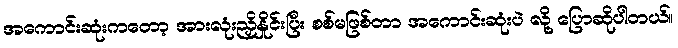
အကောင်းဆုံးကတော့ အားလုံးညှိနှိုင်းပြီး စစ်မဖြစ်တာ အကောင်းဆုံးပဲ လို့ ပြောဆိုပါတယ်။